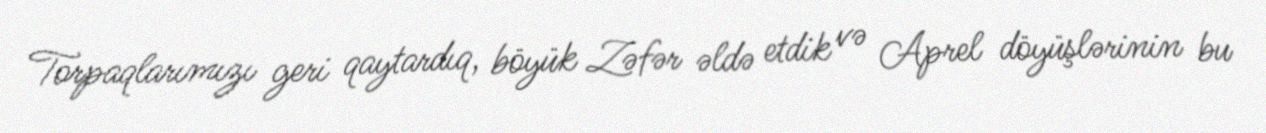
Torpaqlarımızı geri qaytardıq, böyük Zəfər əldə etdik və Aprel döyüşlərinin bu